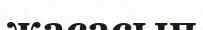
жасасып